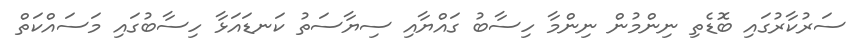
ސަރުކާރުގައި ބޮޑެތި ނިންމުން ނިންމާ ހިސާބު ގައްޔާއި ސިޔާސަތު ކަނޑައަޅާ ހިސާބުގައި މަސައްކަތް